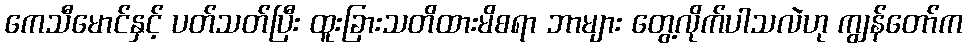
ကေသီမောင်နှင့် ပတ်သတ်ပြီး ထူးခြားသတိထားမိစရာ ဘာများ တွေ့လိုက်ပါသလဲဟု ကျွန်တော်က